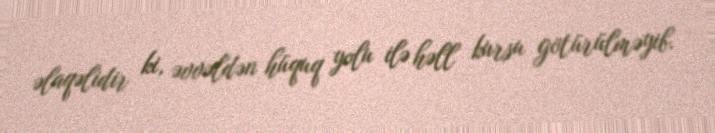
əlaqəlidir ki, əvvəldən hüquq yolu ilə həll kursu götürülməyib.